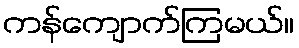
ကန်ကျောက်ကြမယ်။